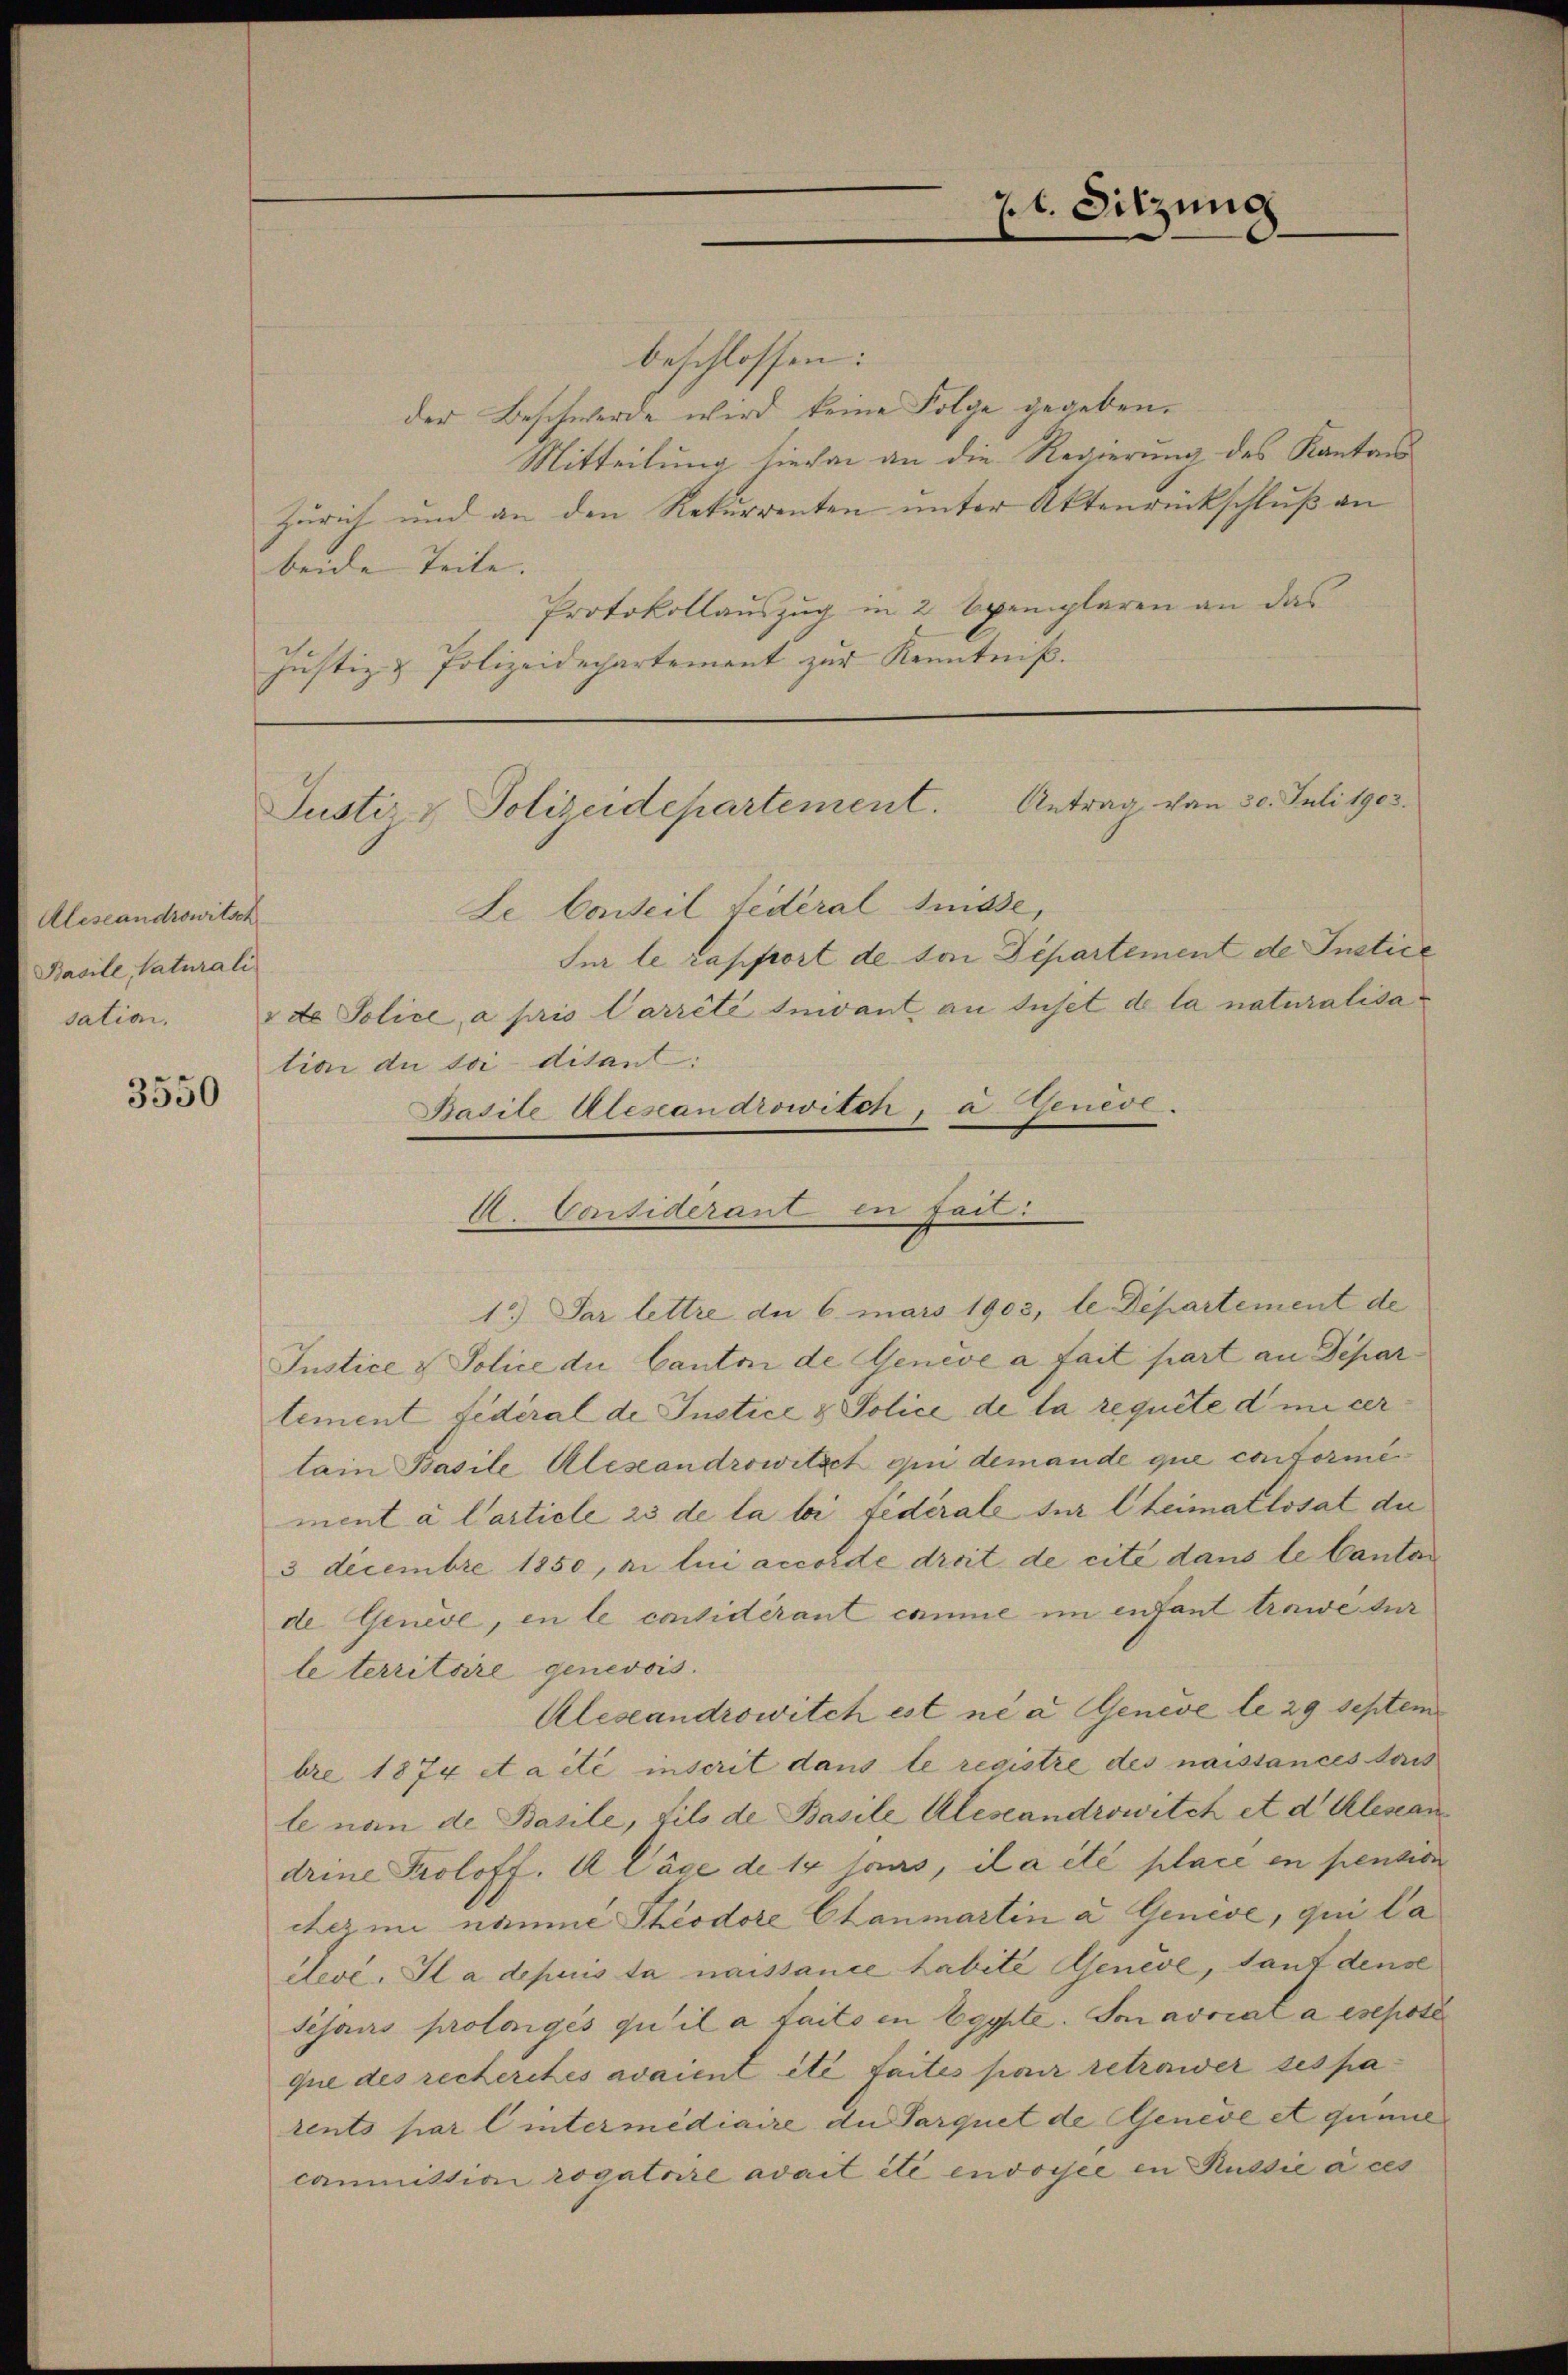
3550

beschlossen:
der Beschwerde wird keine Folge gegeben.
Mitteilung hievon an die Regierung des Kantons
Zürich und an den Rekurrenten unter Aktenrückschluß an
beide Teile. |
Protokollauszug in 2 Exemplaren an das
Justiz- & Polizeidepartement zur Kenntniß.

Justiz- & Polizeidepartement. Antrag von 30. Juli 1903.

Aleseandrowitsch
Basile, Saturali
sation.

Le Carteil Federal Suisse,
Für le rapport de ton Departement de Instice
de Police a pris Carrêté suivant an suset de la naturalisa
tion de soi-ditant:
Basile Alescandrowilch, a. Geneol.
Justice & Police du Canton de Genève a fait part an Depar
lement fédéral de Justice & Police de la requite d micer
lain Basile Alesandrowitzet qui demande que conformiment à Carticle 23 de la loi fédérale sur leimatlosat die
3 Decembre 1850, ni lui accorde droit de cité dans le Canton
de Geneve, en le considérant comme im enfant trawe dur
le territoire genevois.
Alesandrowitch ist ne a Geneve le 29 Septem
bre 1874 et acte inscrit dans le registre des naissances dass
le non de Basile, fils de Basile Alestandrowitch et d Klescan
drine Proloff. U Cäge de 14 sous, il a été place en pension
cezi name Theodore Ctanmartin a Genese, qui la
élevé. Il a depuis ta naissance habite Genève, tant dense
sisans prolongés qu’il a faits in Egypte. Son avocal a esepote
que des recheretés avaient été faites pour retrawer ses parents par l intermédiaire du Parquet de Geneve et quine
canmittion rogatoire avait été envoyée en Russie à ces

A. Considerant in fait.
1) Par lettre de 6. mars 1903, le Departement de

pt. Sitzung